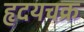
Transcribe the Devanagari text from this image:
हृदयचक्र